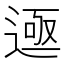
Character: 𬨲